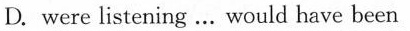
D. were listening … would have been